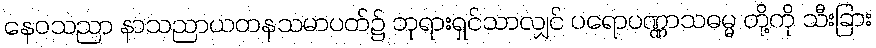
နေဝသညာ နာသညာယတနသမာပတ်၌ ဘုရားရှင်သာလျှင် ပရောပဏ္ဏာသဓမ္မ တို့ကို သီးခြား